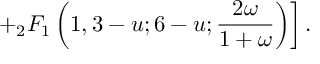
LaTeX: \left. + { } _ { 2 } F _ { 1 } \left( 1 , 3 - u ; 6 - u ; \frac { 2 \omega } { 1 + \omega } \right) \right] .